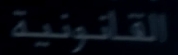
القانونية